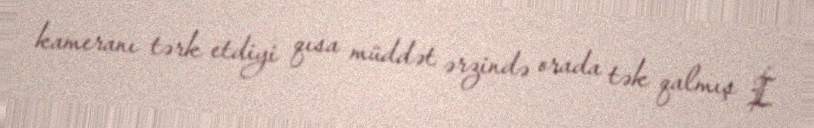
kameranı tərk etdiyi qısa müddət ərzində orada tək qalmış İ.